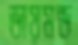
ডায়মন্ড